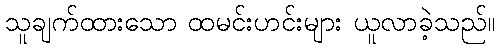
သူချက်ထားသော ထမင်းဟင်းများ ယူလာခဲ့သည်။